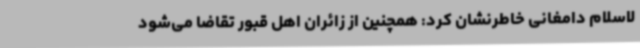
لاسلام دامغانی خاطرنشان کرد: همچنین از زائران اهل قبور تقاضا می‌شود